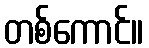
တစ်ကောင်။